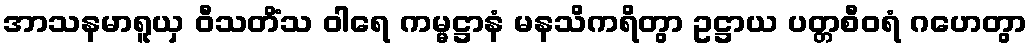
အာသနမာရူယှ ဝီသတိံသ ဝါရေ ကမ္မဋ္ဌာနံ မနသိကရိတွာ ဥဋ္ဌာယ ပတ္တစီဝရံ ဂဟေတွာ